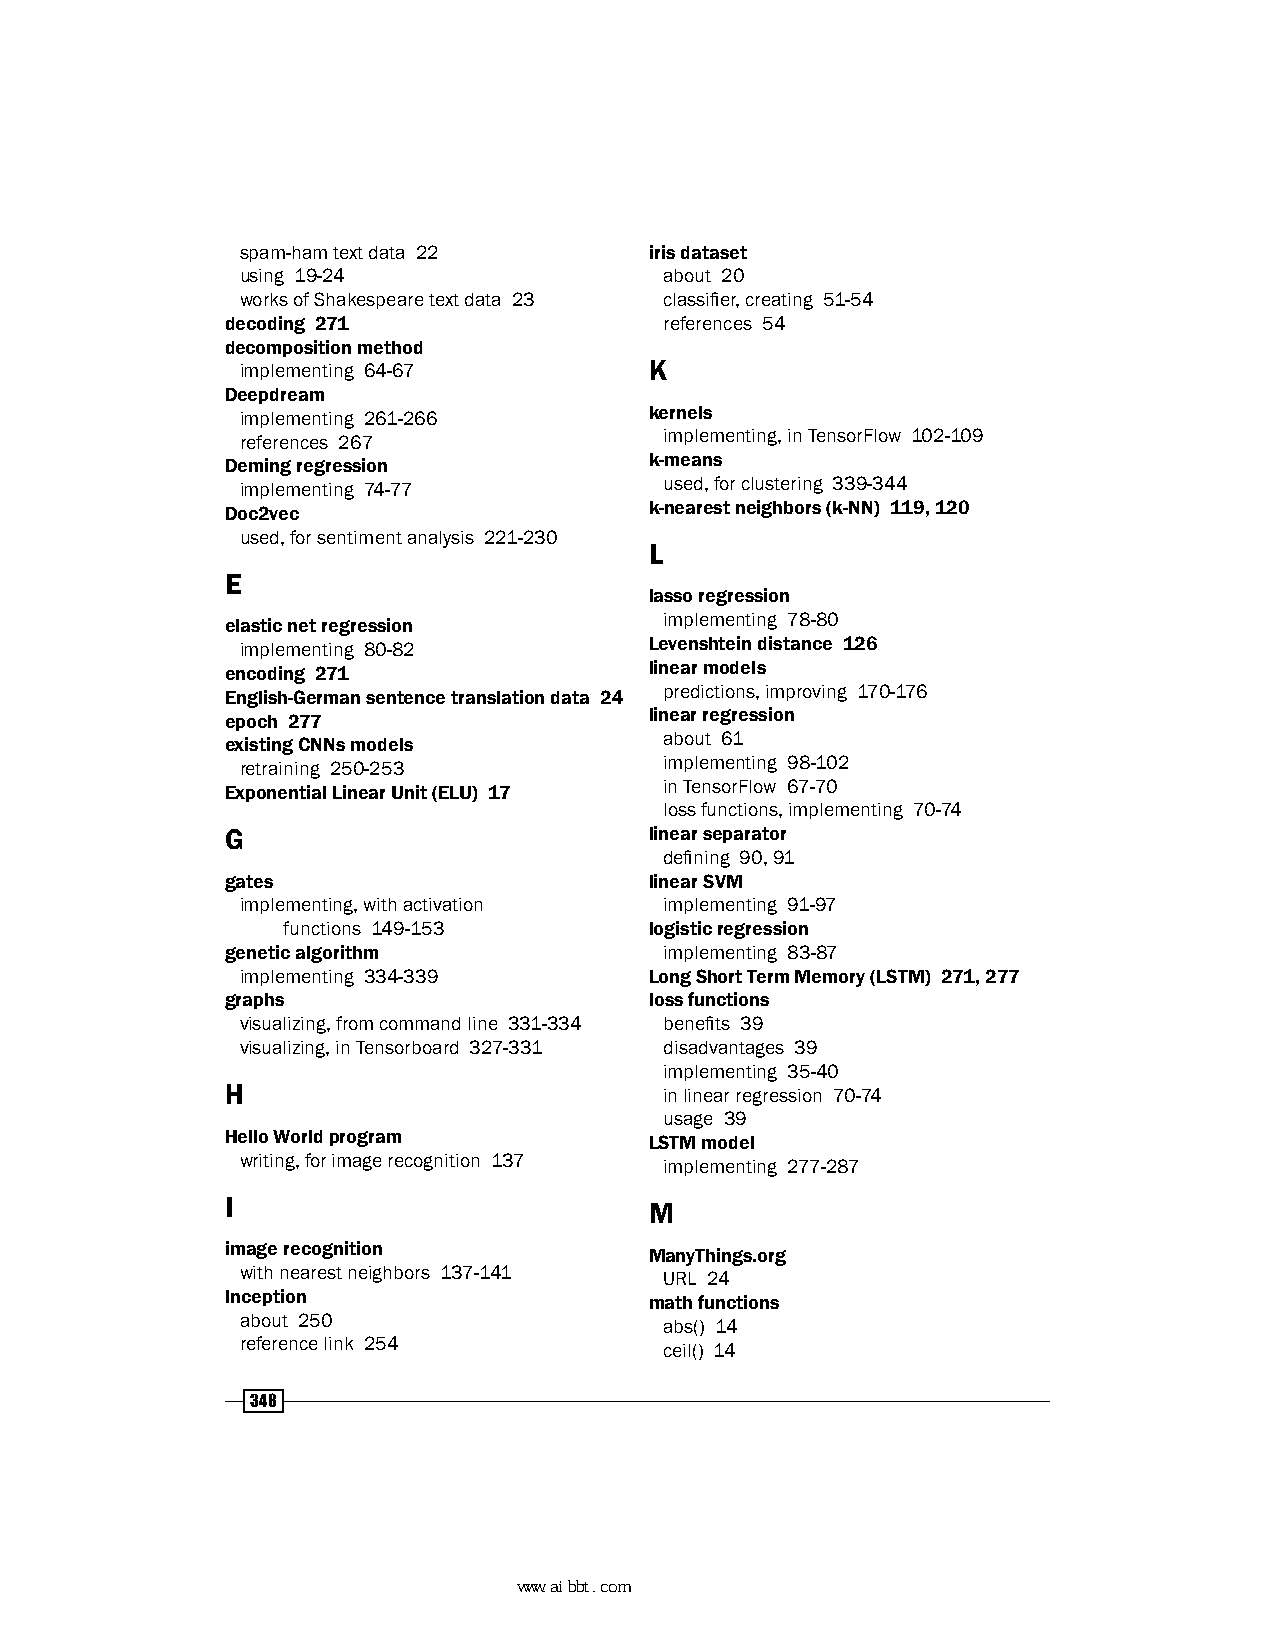
spam-ham text data 22      iris dataset
 using 19-24                 about 20
 works of Shakespeare text data 23 classifier, creating 51-54
 decoding 271                 references 54
 decomposition method
 implementing 64-67         K
 Deepdream
 kernels
 implementing 261-266
 references 267              implementing, in TensorFlow 102-109
 Deming regression           k-means
 implementing 74-77          used, for clustering 339-344
 Doc2vec                     k-nearest neighbors (k-NN) 119, 120
 used, for sentiment analysis 221-230
 L
 E
 lasso regression
 elastic net regression       implementing 78-80
 Levenshtein distance 126
 implementing 80-82
 encoding 271                linear models
 English-German sentence translation data 24 predictions, improving 170-176
 epoch 277                   linear regression
 existing CNNs models         about 61
 retraining 250-253          implementing 98-102
 Exponential Linear Unit (ELU) 17 in TensorFlow 67-70
 loss functions, implementing 70-74
 G                           linear separator
 defining 90, 91
 gates                       linear SVM
 implementing, with activation implementing 91-97
 functions 149-153       logistic regression
 genetic algorithm            implementing 83-87
 implementing 334-339       Long Short Term Memory (LSTM) 271, 277
 graphs                      loss functions
 visualizing, from command line 331-334 benefits 39
 visualizing, in Tensorboard 327-331 disadvantages 39
 implementing 35-40
 H                            in linear regression 70-74
 usage 39
 Hello World program         LSTM model
 writing, for image recognition 137 implementing 277-287
 I                           M
 image recognition           ManyThings.org
 with nearest neighbors 137-141 URL 24
 Inception                   math functions
 about 250                   abs() 14
 reference link 254          ceil() 14
 348
 www.aibbt.com 让未来触手可及